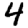
Digit: 4